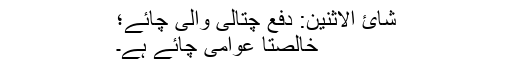
شائ الاثنین: دفع چتالی والی چائے؛
خالصتاً عوامی چائے ہے۔